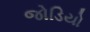
જોડિયો